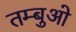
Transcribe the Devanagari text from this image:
तम्बुओ